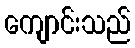
ကျောင်းသည်